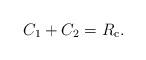
LaTeX: \begin{align*}C_1+C_2=R_{\mathrm{c}}.\end{align*}